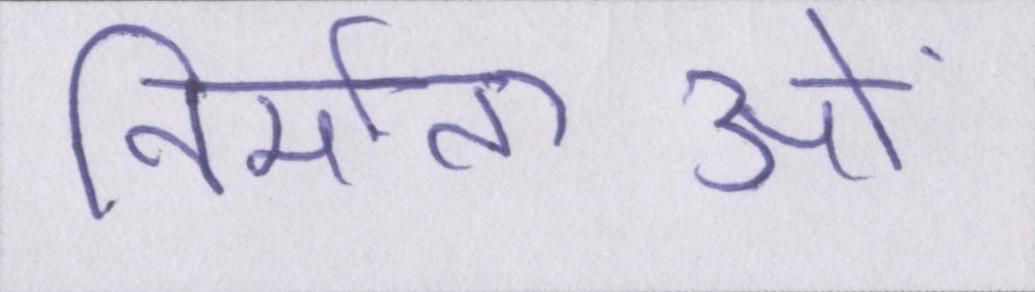
निर्माताओं